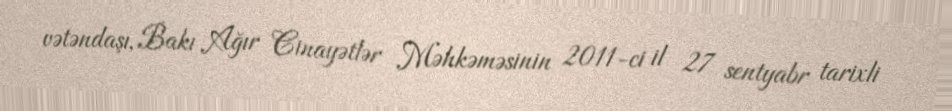
vətəndaşı, Bakı Ağır Cinayətlər Məhkəməsinin 2011-ci il 27 sentyabr tarixli